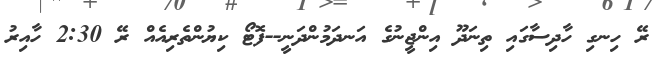
ރޭ ހިނގި ހާދިސާގައި ތިނަދޫ އިންޖީނުގެ އަނދަމުންދަނީ--ފޮޓޯ ކިޔުންތެރިއެއް ރޭ 2:30 ހާއިރު